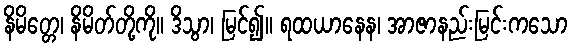
နိမိတ္တေ၊ နိမိတ်တို့ကို။ ဒိသွာ၊ မြင်၍။ ရထယာနေန၊ အာဇာနည်းမြင်းကသော